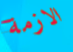
الازمة